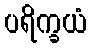
ပရိက္ခယံ